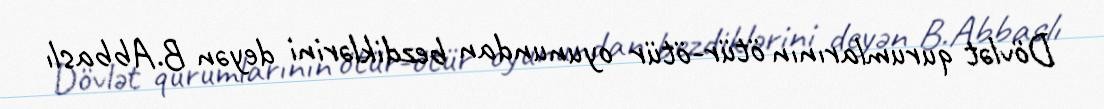
Dövlət qurumlarının ötür-ötür oyunundan bezdiklərini deyən B.Abbaslı